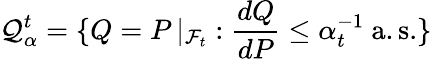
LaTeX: {\mathcal{Q}}_{\alpha}^{t}=\{ Q=P\, \vert_{{\mathcal{F}}_{t}}:{\frac{dQ}{dP}}\leq\alpha_{t}^{-1}{\mathrm{~a.s.}}\}